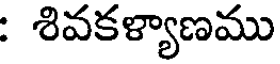
: శివకళ్యాణము